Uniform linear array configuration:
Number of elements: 16
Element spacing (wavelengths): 0.5
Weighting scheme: hamming
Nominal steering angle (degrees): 15
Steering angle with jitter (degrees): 16.93
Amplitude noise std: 0.05
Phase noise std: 0.05

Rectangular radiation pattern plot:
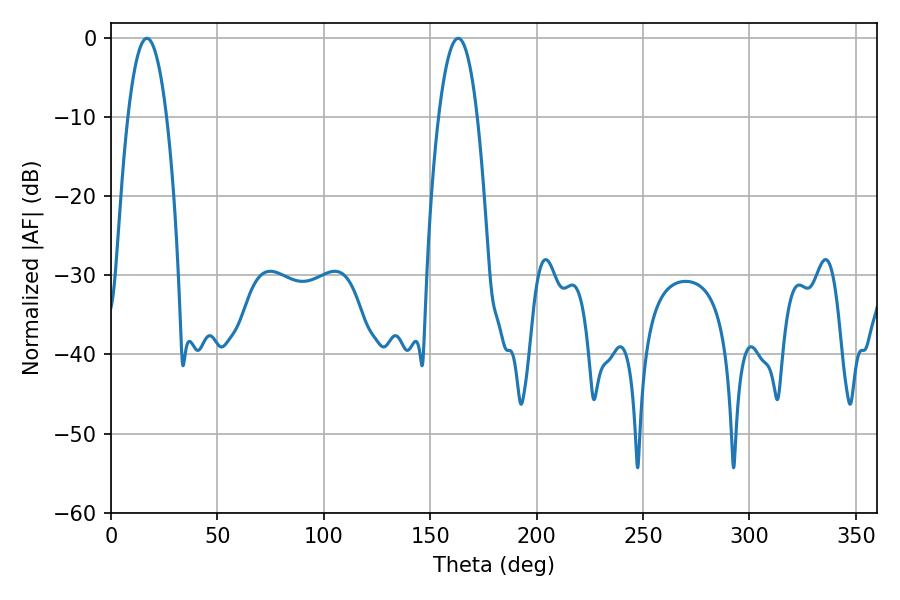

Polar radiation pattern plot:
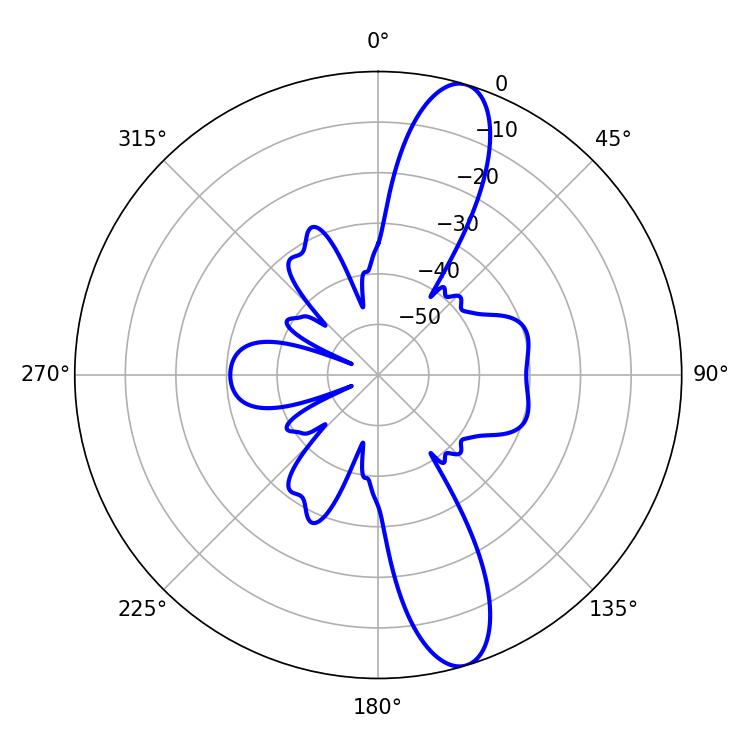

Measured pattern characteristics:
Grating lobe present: FALSE
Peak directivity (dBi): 12.619
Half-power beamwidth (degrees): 10.08
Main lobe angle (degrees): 16.92